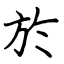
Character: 於